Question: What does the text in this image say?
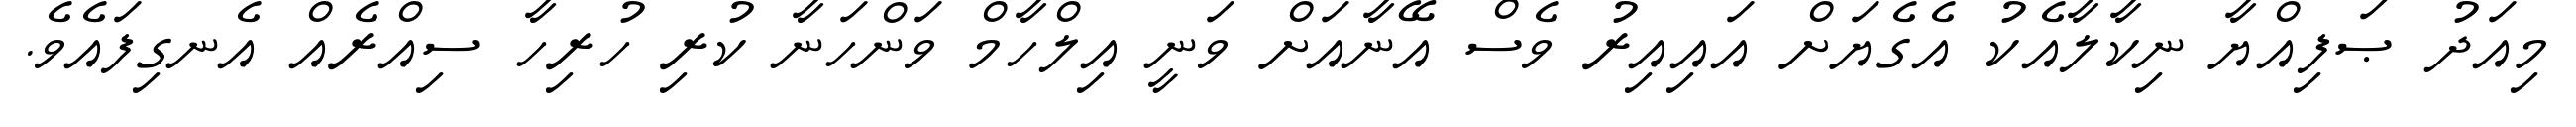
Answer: މިއަދު ޞަފިއްޔާ ނިކާލާއެކު އެގެޔަށް އައިއިރު ވެސް އޭނާއަށް ވަނީ އިލްހާމް ވަންހަނާ ކުރި ހުރިހާ ސިއްރެއް އެނގިފައެވެ.